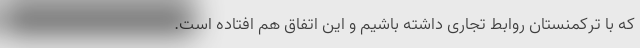
که با ترکمنستان روابط تجاری داشته باشیم و این اتفاق هم افتاده است.